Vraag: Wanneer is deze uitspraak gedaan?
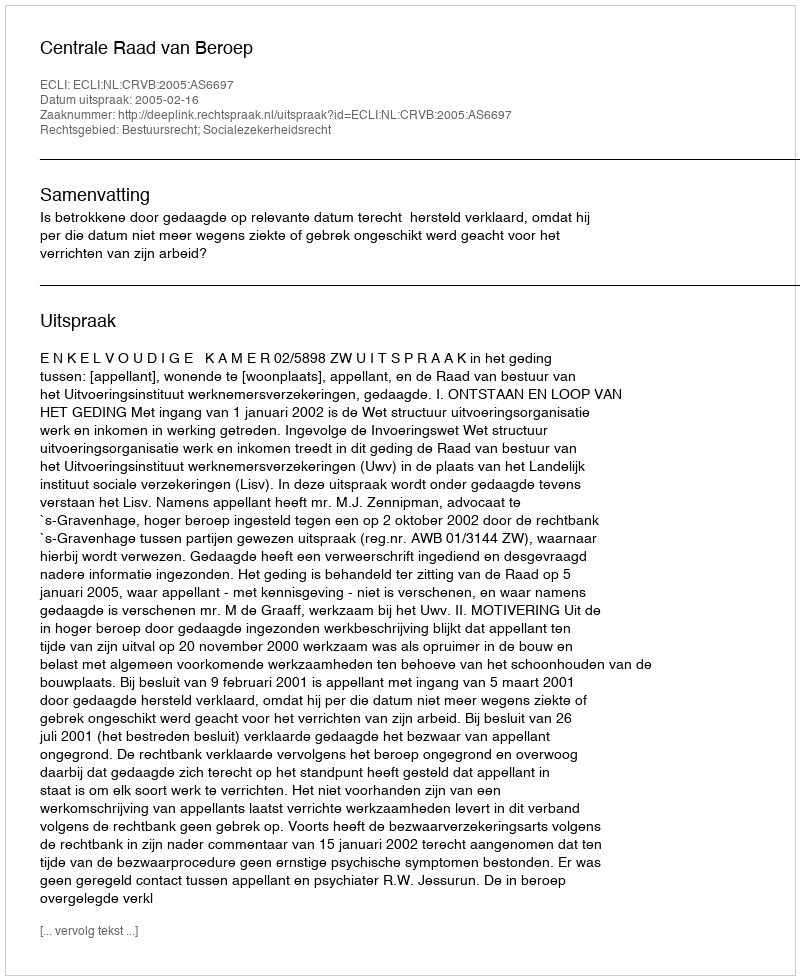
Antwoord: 2005-02-16